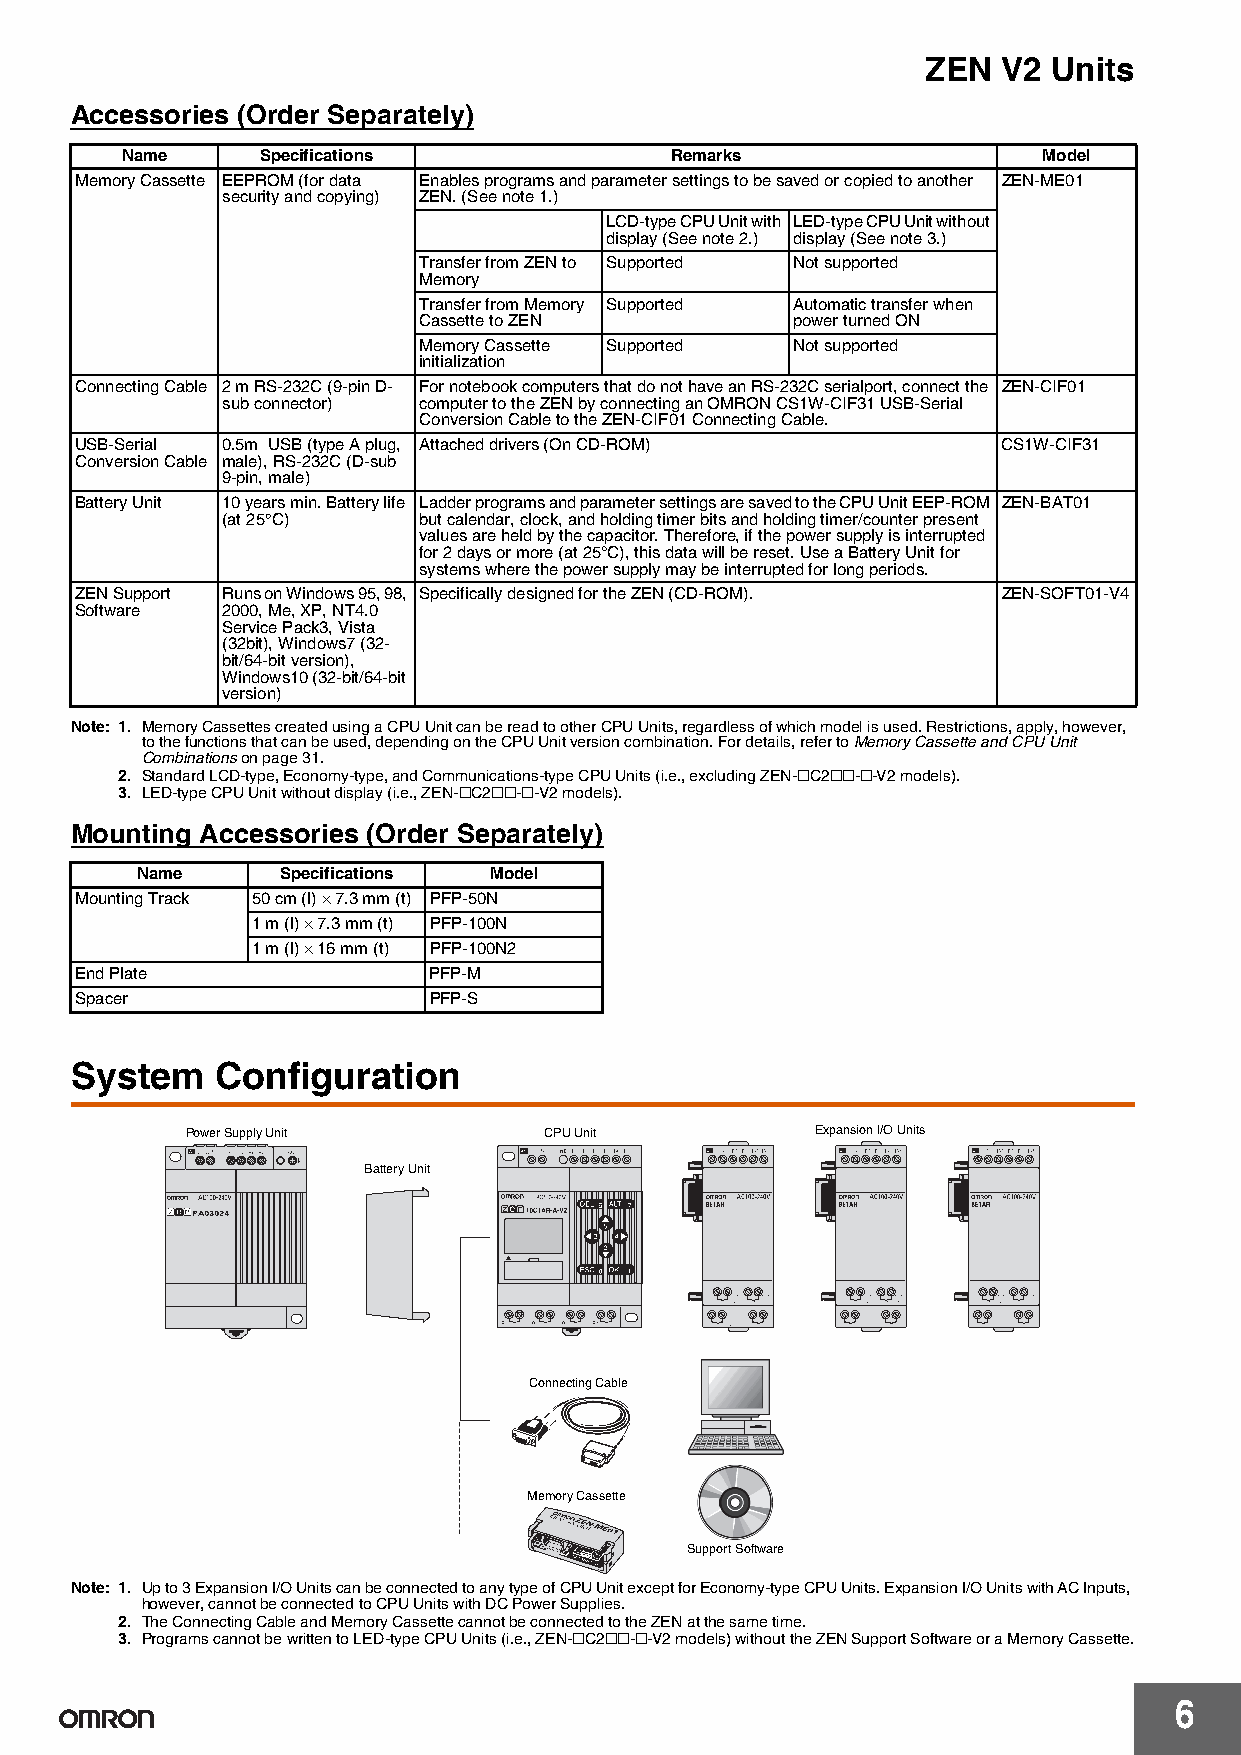
ZEN  V2  Units
 Accessories (Order Separately)
 Name     Specifications             Remarks                  Model
 Memory Cassette EEPROM (for data Enables programs and parameter settings to be saved or copied to another ZEN-ME01
 security and copying) ZEN. (See note 1.)
 LCD-type CPU Unit with LED-type CPU Unit without
 display (See note 2.) display (See note 3.)
 Transfer from ZEN to Supported Not supported
 Memory
 Transfer from Memory Supported Automatic transfer when
 Cassette to ZEN         power turned ON
 Memory Cassette Supported Not supported
 initialization
 Connecting Cable 2 m RS-232C (9-pin D- For notebook computers that do not have an RS-232C serialport, connect the ZEN-CIF01
 sub connector) computer to the ZEN by connecting an OMRON CS1W-CIF31 USB-Serial
 Conversion Cable to the ZEN-CIF01 Connecting Cable.
 USB-Serial 0.5m USB (type A plug, Attached drivers (On CD-ROM) CS1W-CIF31
 Conversion Cable male), RS-232C (D-sub
 9-pin, male)
 Battery Unit 10 years min. Battery life Ladder programs and parameter settings are saved to the CPU Unit EEP-ROM ZEN-BAT01
 (at 25°C)    but calendar, clock, and holding timer bits and holding timer/counter present
 values are held by the capacitor. Therefore, if the power supply is interrupted
 for 2 days or more (at 25°C), this data will be reset. Use a Battery Unit for
 systems where the power supply may be interrupted for long periods.
 ZEN Support Runs on Windows 95, 98, Specifically designed for the ZEN (CD-ROM). ZEN-SOFT01-V4
 Software  2000, Me, XP, NT4.0
 Service Pack3, Vista
 (32bit), Windows7 (32-
 bit/64-bit version),
 Windows10 (32-bit/64-bit
 version)
 Note: 1. Memory Cassettes created using a CPU Unit can be read to other CPU Units, regardless of which model is used. Restrictions, apply, however,
 to the functions that can be used, depending on the CPU Unit version combination. For details, refer to Memory Cassette and CPU Unit
 Combinations on page 31.
 2. Standard LCD-type, Economy-type, and Communications-type CPU Units (i.e., excluding ZEN-@C2@@-@-V2 models).
 3. LED-type CPU Unit without display (i.e., ZEN-@C2@@-@-V2 models).
 Mounting Accessories (Order Separately)
 Name      Specifications Model
 Mounting Track 50 cm (l) × 7.3 mm (t) PFP-50N
 1 m (l) × 7.3 mm (t) PFP-100N
 1 m (l) × 16 mm (t) PFP-100N2
 End Plate              PFP-M
 Spacer                 PFP-S
 System   Configuration
 Power Supply Unit       CPU Unit          Expansion I/O Units
 Battery Unit
 Connecting Cable
 Memory Cassette
 Support Software
 Note: 1. Up to 3 Expansion I/O Units can be connected to any type of CPU Unit except for Economy-type CPU Units. Expansion I/O Units with AC Inputs,
 however, cannot be connected to CPU Units with DC Power Supplies.
 2. The Connecting Cable and Memory Cassette cannot be connected to the ZEN at the same time.
 3. Programs cannot be written to LED-type CPU Units (i.e., ZEN-@C2@@-@-V2 models) without the ZEN Support Software or a Memory Cassette.
 6